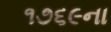
૧૭૬૯ના